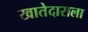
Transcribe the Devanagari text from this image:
खातेदाराला